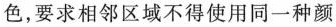
色，要求相邻区域不得使用同一种颜